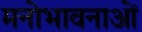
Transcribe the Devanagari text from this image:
मनोभावनाआें